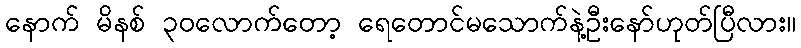
နောက် မိနစ် ၃၀လောက်တော့ ရေတောင်မသောက်နဲ့ဦးနော်ဟုတ်ပြီလား။